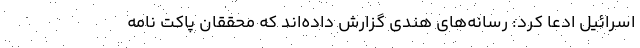
اسرائیل ادعا کرد: رسانه‌های هندی گزارش داده‌اند که محققان پاکت نامه